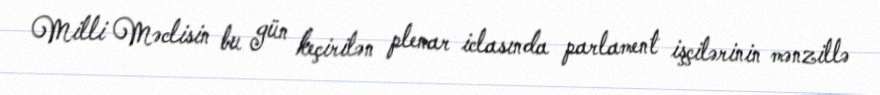
Milli Məclisin bu gün keçirilən plenar iclasında parlament işçilərinin mənzillə